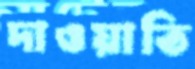
দাওয়াতি